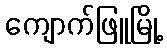
ကျောက်ဖြူမြို့